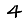
Digit: 4